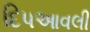
દિપઆવલી